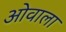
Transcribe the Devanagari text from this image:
ओवाला